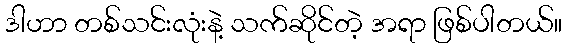
ဒါဟာ တစ်သင်းလုံးနဲ့ သက်ဆိုင်တဲ့ အရာ ဖြစ်ပါတယ်။